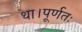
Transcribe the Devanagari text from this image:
था।पूर्णतः